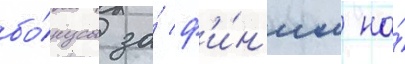
бо́нусы за́ ф'и́н'иш на́